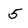
Character: 5